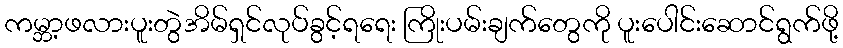
ကမ္ဘာ့ဖလားပူးတွဲအိမ်ရှင်လုပ်ခွင့်ရရေး ကြိုးပမ်းချက်တွေကို ပူးပေါင်းဆောင်ရွက်ဖို့